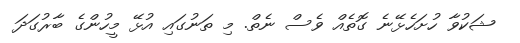
ޝަކުވާ ހުށަހެޅޭނެ ގޮތެއް ވެސް ނެތް. މި ތަނުގައި އުޅޭ މީހުންގެ ބާރުގަދަ